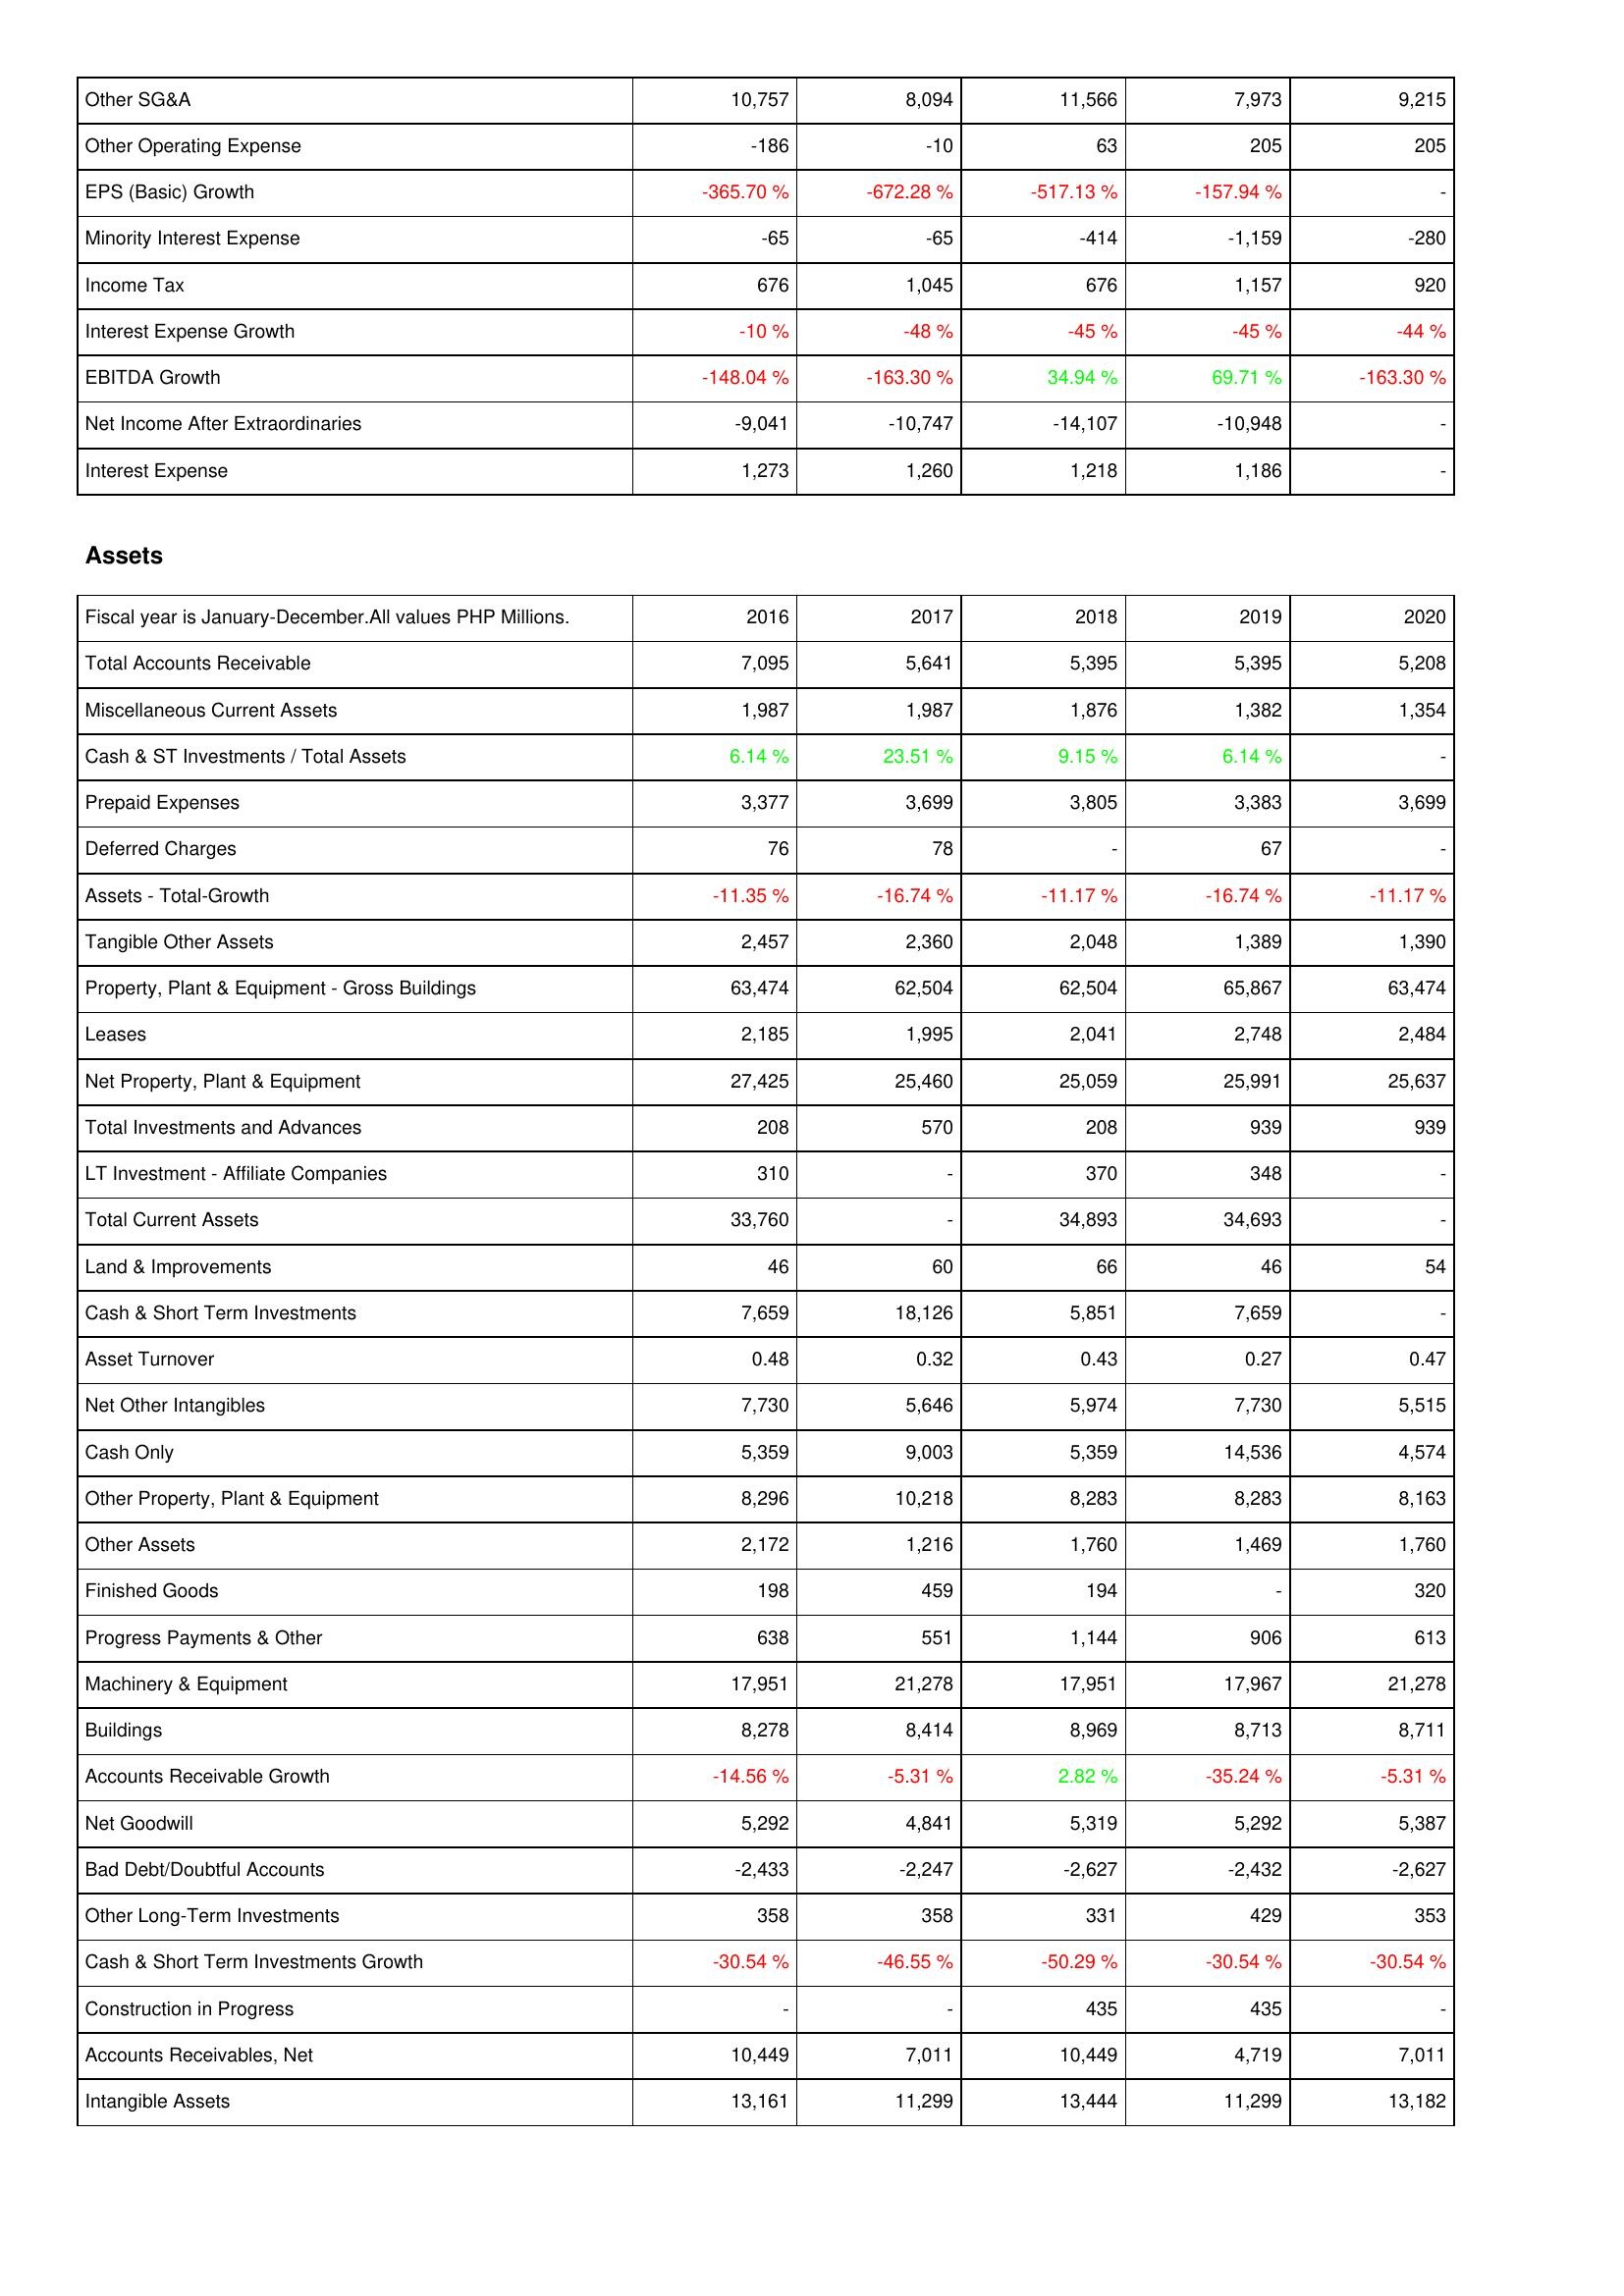
2016: Income Statement: Other SG&A: 10,757
Other Operating Expense: -186
EPS (Basic) Growth: -365.70 %
Minority Interest Expense: -65
Income Tax: 676
Interest Expense Growth: -10 %
EBITDA Growth: -148.04 %
Net Income After Extraordinaries: -9,041
Interest Expense: 1,273
Assets: Total Accounts Receivable: 7,095
Miscellaneous Current Assets: 1,987
Cash & ST Investments / Total Assets: 6.14 %
Prepaid Expenses: 3,377
Deferred Charges: 76
Assets - Total-Growth: -11.35 %
Tangible Other Assets: 2,457
Property, Plant & Equipment - Gross Buildings: 63,474
Leases: 2,185
Net Property, Plant & Equipment: 27,425
Total Investments and Advances: 208
LT Investment - Affiliate Companies: 310
Total Current Assets: 33,760
Land & Improvements: 46
Cash & Short Term Investments: 7,659
Asset Turnover: 0.48
Net Other Intangibles: 7,730
Cash Only: 5,359
Other Property, Plant & Equipment: 8,296
Other Assets: 2,172
Finished Goods: 198
Progress Payments & Other: 638
Machinery & Equipment: 17,951
Buildings: 8,278
Accounts Receivable Growth: -14.56 %
Net Goodwill: 5,292
Bad Debt/Doubtful Accounts: -2,433
Other Long-Term Investments: 358
Cash & Short Term Investments Growth: -30.54 %
Construction in Progress: -
Accounts Receivables, Net: 10,449
Intangible Assets: 13,161
2017: Income Statement: Other SG&A: 8,094
Other Operating Expense: -10
EPS (Basic) Growth: -672.28 %
Minority Interest Expense: -65
Income Tax: 1,045
Interest Expense Growth: -48 %
EBITDA Growth: -163.30 %
Net Income After Extraordinaries: -10,747
Interest Expense: 1,260
Assets: Total Accounts Receivable: 5,641
Miscellaneous Current Assets: 1,987
Cash & ST Investments / Total Assets: 23.51 %
Prepaid Expenses: 3,699
Deferred Charges: 78
Assets - Total-Growth: -16.74 %
Tangible Other Assets: 2,360
Property, Plant & Equipment - Gross Buildings: 62,504
Leases: 1,995
Net Property, Plant & Equipment: 25,460
Total Investments and Advances: 570
LT Investment - Affiliate Companies: -
Total Current Assets: -
Land & Improvements: 60
Cash & Short Term Investments: 18,126
Asset Turnover: 0.32
Net Other Intangibles: 5,646
Cash Only: 9,003
Other Property, Plant & Equipment: 10,218
Other Assets: 1,216
Finished Goods: 459
Progress Payments & Other: 551
Machinery & Equipment: 21,278
Buildings: 8,414
Accounts Receivable Growth: -5.31 %
Net Goodwill: 4,841
Bad Debt/Doubtful Accounts: -2,247
Other Long-Term Investments: 358
Cash & Short Term Investments Growth: -46.55 %
Construction in Progress: -
Accounts Receivables, Net: 7,011
Intangible Assets: 11,299
2018: Income Statement: Other SG&A: 11,566
Other Operating Expense: 63
EPS (Basic) Growth: -517.13 %
Minority Interest Expense: -414
Income Tax: 676
Interest Expense Growth: -45 %
EBITDA Growth: 34.94 %
Net Income After Extraordinaries: -14,107
Interest Expense: 1,218
Assets: Total Accounts Receivable: 5,395
Miscellaneous Current Assets: 1,876
Cash & ST Investments / Total Assets: 9.15 %
Prepaid Expenses: 3,805
Deferred Charges: -
Assets - Total-Growth: -11.17 %
Tangible Other Assets: 2,048
Property, Plant & Equipment - Gross Buildings: 62,504
Leases: 2,041
Net Property, Plant & Equipment: 25,059
Total Investments and Advances: 208
LT Investment - Affiliate Companies: 370
Total Current Assets: 34,893
Land & Improvements: 66
Cash & Short Term Investments: 5,851
Asset Turnover: 0.43
Net Other Intangibles: 5,974
Cash Only: 5,359
Other Property, Plant & Equipment: 8,283
Other Assets: 1,760
Finished Goods: 194
Progress Payments & Other: 1,144
Machinery & Equipment: 17,951
Buildings: 8,969
Accounts Receivable Growth: 2.82 %
Net Goodwill: 5,319
Bad Debt/Doubtful Accounts: -2,627
Other Long-Term Investments: 331
Cash & Short Term Investments Growth: -50.29 %
Construction in Progress: 435
Accounts Receivables, Net: 10,449
Intangible Assets: 13,444
2019: Income Statement: Other SG&A: 7,973
Other Operating Expense: 205
EPS (Basic) Growth: -157.94 %
Minority Interest Expense: -1,159
Income Tax: 1,157
Interest Expense Growth: -45 %
EBITDA Growth: 69.71 %
Net Income After Extraordinaries: -10,948
Interest Expense: 1,186
Assets: Total Accounts Receivable: 5,395
Miscellaneous Current Assets: 1,382
Cash & ST Investments / Total Assets: 6.14 %
Prepaid Expenses: 3,383
Deferred Charges: 67
Assets - Total-Growth: -16.74 %
Tangible Other Assets: 1,389
Property, Plant & Equipment - Gross Buildings: 65,867
Leases: 2,748
Net Property, Plant & Equipment: 25,991
Total Investments and Advances: 939
LT Investment - Affiliate Companies: 348
Total Current Assets: 34,693
Land & Improvements: 46
Cash & Short Term Investments: 7,659
Asset Turnover: 0.27
Net Other Intangibles: 7,730
Cash Only: 14,536
Other Property, Plant & Equipment: 8,283
Other Assets: 1,469
Finished Goods: -
Progress Payments & Other: 906
Machinery & Equipment: 17,967
Buildings: 8,713
Accounts Receivable Growth: -35.24 %
Net Goodwill: 5,292
Bad Debt/Doubtful Accounts: -2,432
Other Long-Term Investments: 429
Cash & Short Term Investments Growth: -30.54 %
Construction in Progress: 435
Accounts Receivables, Net: 4,719
Intangible Assets: 11,299
2020: Income Statement: Other SG&A: 9,215
Other Operating Expense: 205
EPS (Basic) Growth: -
Minority Interest Expense: -280
Income Tax: 920
Interest Expense Growth: -44 %
EBITDA Growth: -163.30 %
Net Income After Extraordinaries: -
Interest Expense: -
Assets: Total Accounts Receivable: 5,208
Miscellaneous Current Assets: 1,354
Cash & ST Investments / Total Assets: -
Prepaid Expenses: 3,699
Deferred Charges: -
Assets - Total-Growth: -11.17 %
Tangible Other Assets: 1,390
Property, Plant & Equipment - Gross Buildings: 63,474
Leases: 2,484
Net Property, Plant & Equipment: 25,637
Total Investments and Advances: 939
LT Investment - Affiliate Companies: -
Total Current Assets: -
Land & Improvements: 54
Cash & Short Term Investments: -
Asset Turnover: 0.47
Net Other Intangibles: 5,515
Cash Only: 4,574
Other Property, Plant & Equipment: 8,163
Other Assets: 1,760
Finished Goods: 320
Progress Payments & Other: 613
Machinery & Equipment: 21,278
Buildings: 8,711
Accounts Receivable Growth: -5.31 %
Net Goodwill: 5,387
Bad Debt/Doubtful Accounts: -2,627
Other Long-Term Investments: 353
Cash & Short Term Investments Growth: -30.54 %
Construction in Progress: -
Accounts Receivables, Net: 7,011
Intangible Assets: 13,182